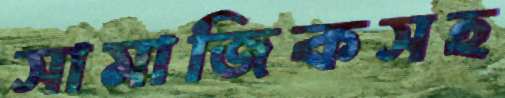
সামাজিকসহ